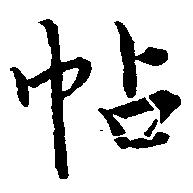
帖